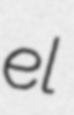
el